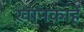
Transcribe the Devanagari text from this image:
ख़ानकाहें